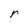
Character: r